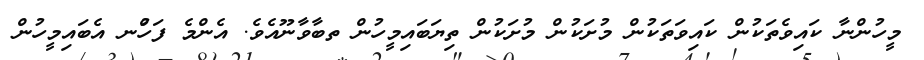
މީހުންނާ ކައިވެތަކުން ކައިވަތަކުން މުށަކުން މުށަކުން ތިޔަބައިމީހުން ތބާވާނޫއެވެ. އެންމެ ފަހުްނ އެބައިމީހުން